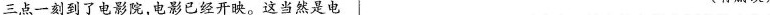
三点一刻到了电影院，电影已经开映。这当然是电